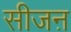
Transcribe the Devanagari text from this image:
सीजऩ